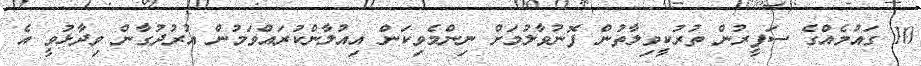
10 ގައުމެއްގެ ސަފީރުން ތުރުކީވިލާތުން ފޮނުވާލުމަށް ނިންމެވިކަން އިއުލާންކުރައްވަމުން އުރުދުގާން ވިދާޅުވީ އެ